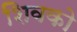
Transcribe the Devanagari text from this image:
शिवको